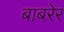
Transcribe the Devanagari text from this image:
बाबरेर